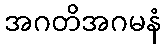
အဂတိအဂမနံ